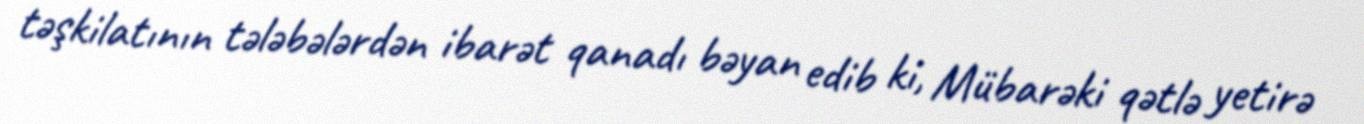
təşkilatının tələbələrdən ibarət qanadı bəyan edib ki, Mübarəki qətlə yetirə